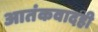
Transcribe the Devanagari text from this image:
आतंकवादही